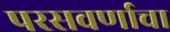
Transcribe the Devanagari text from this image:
परसवर्णाचा